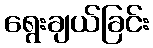
ရွေးချယ်ခြင်း